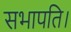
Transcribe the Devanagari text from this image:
सभापति।